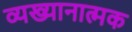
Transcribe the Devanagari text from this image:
व्यख्यानात्मक